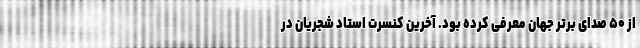
از ۵۰ صدای برتر جهان معرفی کرده‌ بود. آخرین کنسرت استاد شجریان در